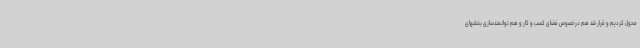
محول کردیم و قرار شد هم درخصوص فضای کسب و کار و هم توانمندسازی بخشهای